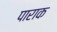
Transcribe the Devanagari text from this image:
पाराक